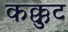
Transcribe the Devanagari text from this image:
कक्कुट